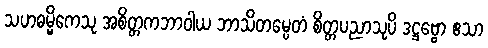
သဟဓမ္မိကေသု အစိတ္တကဘာဝါယ ဘာသိတမ္ပေတံ စိတ္တပညာသုပိ ဒဋ္ဌဗ္ဗော ဧသာ